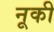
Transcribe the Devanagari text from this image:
नूकी